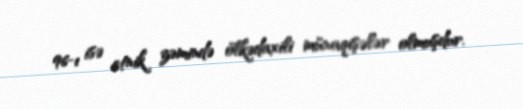
96-ı isə etnik zəmində ölkədaxili münaqişələr olmuşdur.